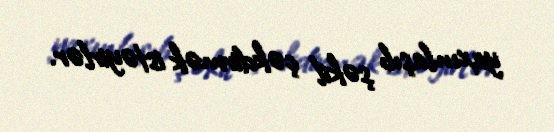
yaxınlaşıb şəkil çəkdirmək istəyirlər.